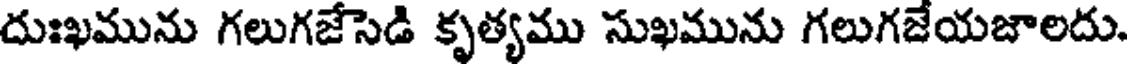
దుఃఖమును గలుగజేసెడి కృత్యము సుఖమును గలుగజేయజాలదు.